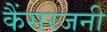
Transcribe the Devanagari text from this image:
कैंसरजनी